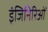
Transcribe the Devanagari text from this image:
इंजिनिरिओं